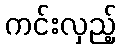
ကင်းလှည့်